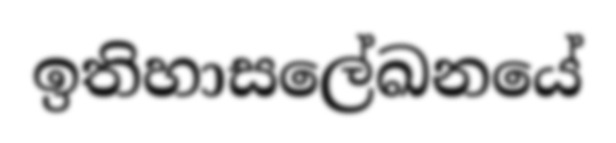
ඉතිහාසලේඛනයේ